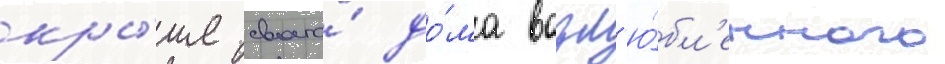
кры́ше своего́ до́ма возл'ю́бл'енного